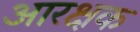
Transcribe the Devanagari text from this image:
आरक्षक